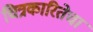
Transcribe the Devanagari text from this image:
चित्रकारितेचा